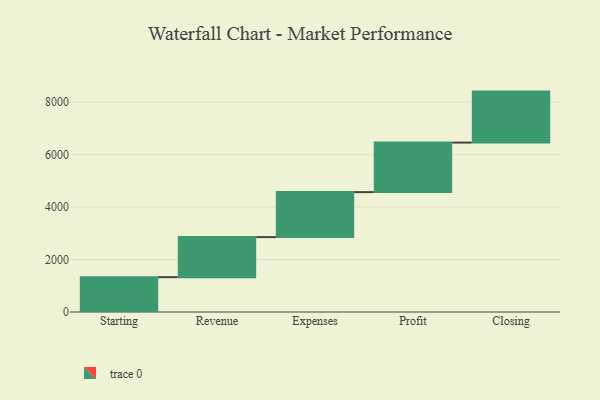
{"axis": {"x": "Step", "y": "Value"}, "legend": [""], "data": [{"x": "Starting", "y": 1329.0, "type": ""}, {"x": "Revenue", "y": 1527.0, "type": ""}, {"x": "Expenses", "y": 1715.0, "type": ""}, {"x": "Profit", "y": 1888.0, "type": ""}, {"x": "Closing", "y": 1944.0, "type": ""}]}